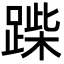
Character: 䠕